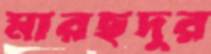
মারছদুর